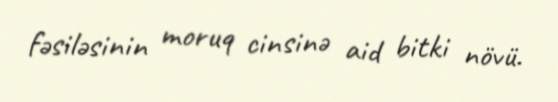
fəsiləsinin moruq cinsinə aid bitki növü.